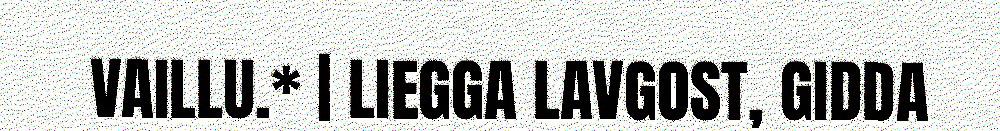
VAILLU.* | LIEGGA LAVGOST, GIDDA